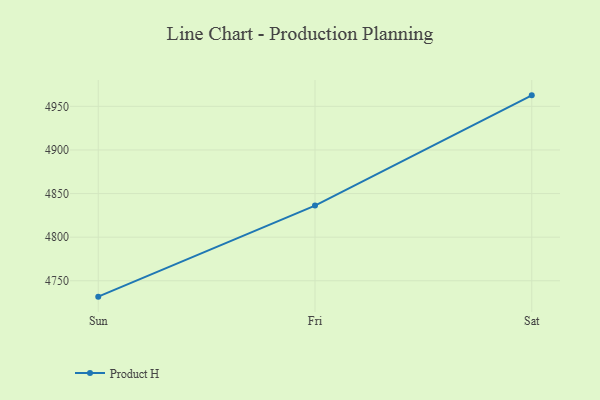
{"axis": {"x": "Day", "y": "Operating Costs (USD K)"}, "legend": ["Product H"], "data": [{"x": "Sun", "y": 4731.8, "type": "Product H"}, {"x": "Fri", "y": 4836.2, "type": "Product H"}, {"x": "Sat", "y": 4962.6, "type": "Product H"}]}